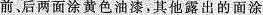
前、后两面涂黄色油漆，其他露出的面涂